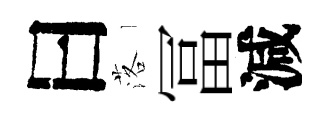
曰落冨減